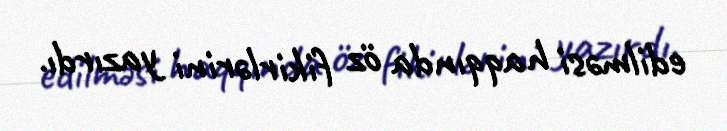
edilməsi haqqında öz fikirlərini yazırdı.